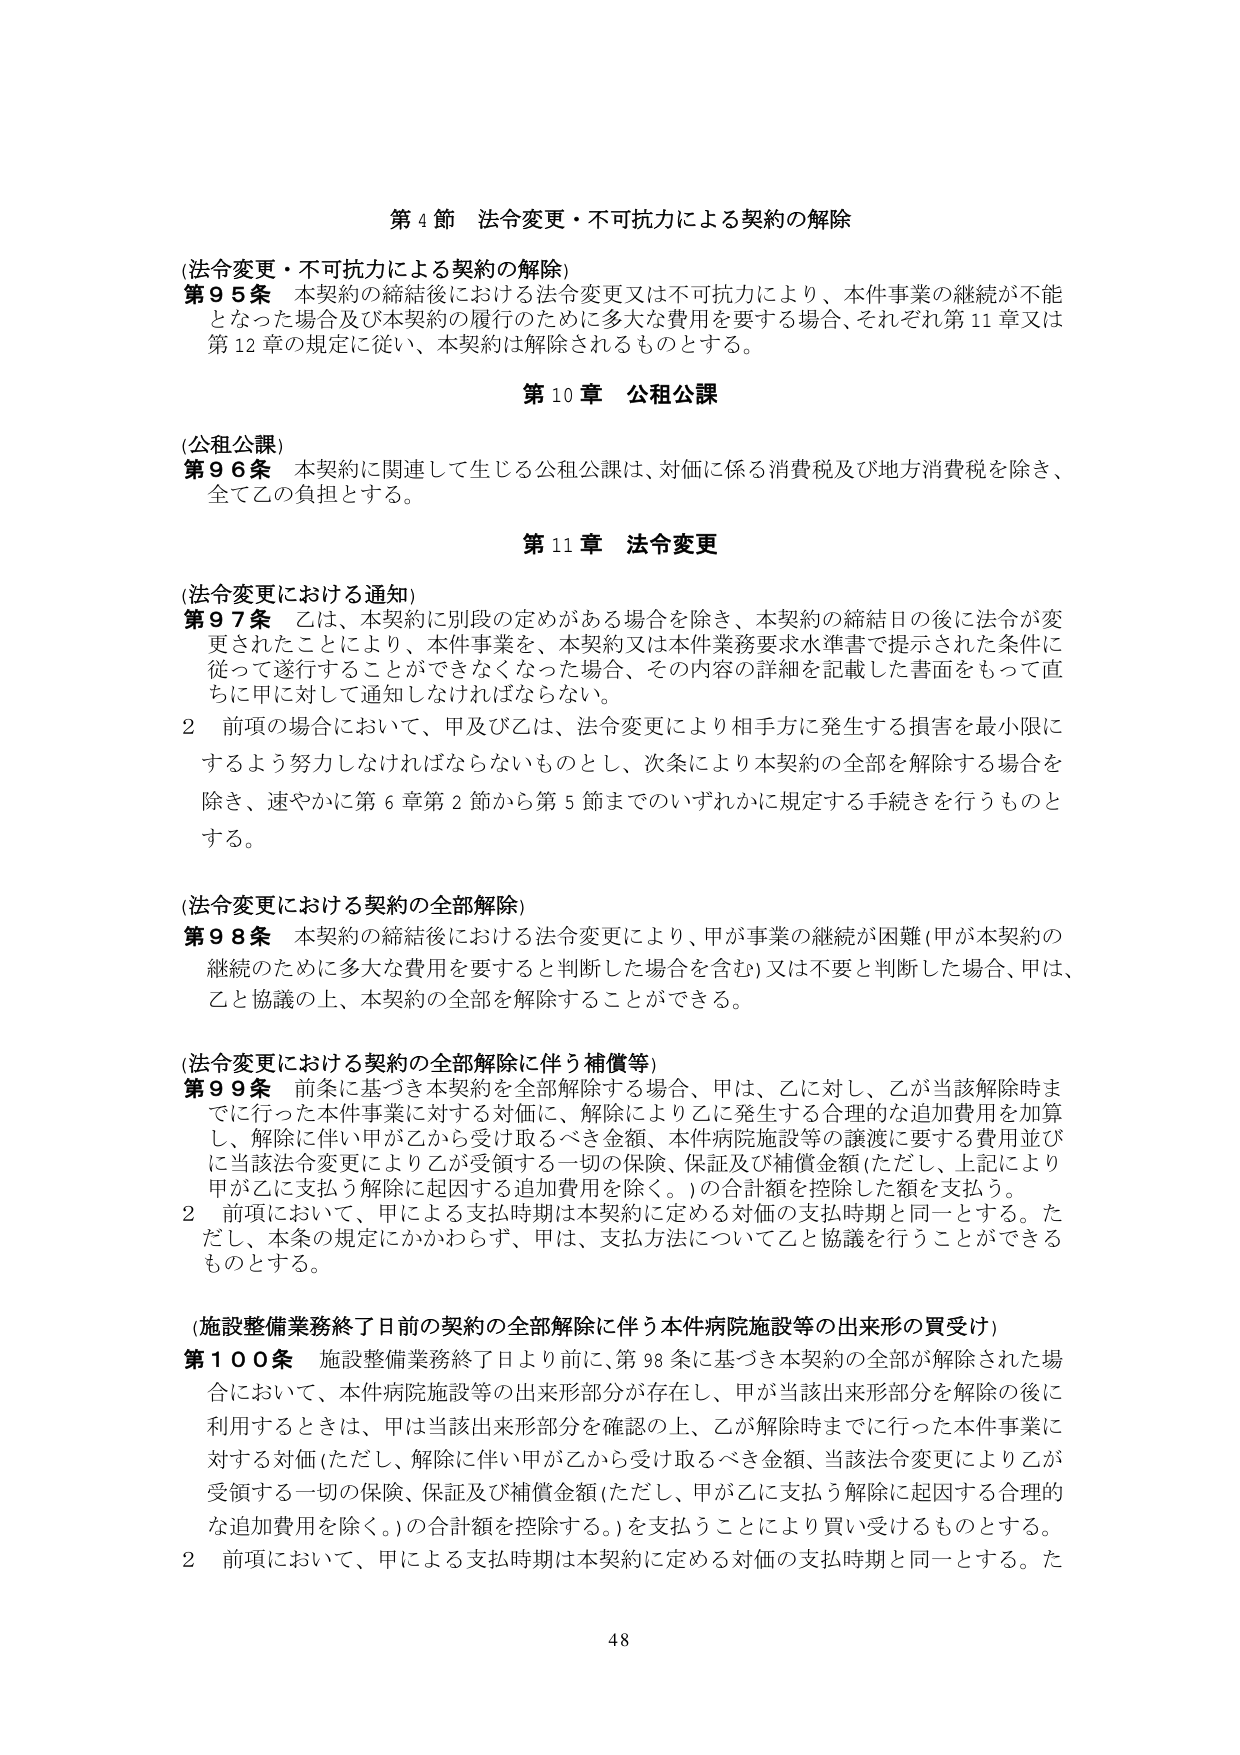
第４節 法令変更・不可抗力による契約の解除

(法令変更・不可抗力による契約の解除)
第９５条 本契約の締結後における法令変更又は不可抗力により、本件事業の継続が不能となった場合及び本契約の履行のために多大な費用を要する場合、それぞれ第11章又は第12章の規定に従い、本契約は解除されるものとする。

第10章 公租公課

(公租公課)
第９６条 本契約に関連して生じる公租公課は、対価に係る消費税及び地方消費税を除き、全て乙の負担とする。

第11章 法令変更

(法令変更における通知)
第９７条 乙は、本契約に別段の定めがある場合を除き、本契約の締結日の後に法令が変更されたことにより、本件事業を、本契約又は本件業務要求水準書で提示された条件に従って遂行することができなくなった場合、その内容の詳細を記載した書面をもって直ちに甲に対して通知しなければならない。
２ 前項の場合において、甲及び乙は、法令変更により相手方に発生する損害を最小限にするよう努力しなければならないものとし、次条により本契約の全部を解除する場合を除き、速やかに第６章第２節から第５節までのにいずれかに規定する手続きを行うものとする。

(法令変更における契約の全部解除)
第９８条 本契約の締結後における法令変更により、甲が事業の継続が困難（甲が本契約の継続のために多大な費用を要すると判断した場合を含む）又は不要と判断した場合、甲は、乙と協議の上、本契約の全部を解除することができる。

(法令変更における契約の全部解除に伴う補償等)
第９９条 前条に基づき本契約を全部解除する場合、甲は、乙に対し、乙が当該解除時までに行った本件事業に対する対価に、解除により乙に発生する合理的な追加費用を加算し、解除に伴い甲が乙から受け取るべき金額、本件病院施設等の譲渡に要する費用並びに当該法令変更により乙が受領する一切の保険、保証及び補償金額（ただし、上記により甲が乙に支払う解除に起因する追加費用を除く。）の合計額を控除した額を支払う。
２ 前項において、甲による支払時期は本契約に定める対価の支払時期と同一とする。ただし、本条の規定にかかわらず、甲は、支払方法について乙と協議を行うことができるものとする。

(施設整備業務終了日前の契約の全部解除に伴う本件病院施設等の出来形の買受け)
第100条 施設整備業務終了日より前に、第98条に基づき本契約の全部が解除された場合において、本件病院施設等の出来形部分が存在し、甲が当該出来形部分を解除の後に利用するときは、甲は当該出来形部分を確認の上、乙が解除時までに行った本件事業に対する対価（ただし、解除に伴い甲が乙から受け取るべき金額、当該法令変更により乙が受領する一切の保険、保証及び補償金額（ただし、甲が乙に支払う解除に起因する合理的な追加費用を除く。）の合計額を控除する。）を支払うことにより買い受けるものとする。
２ 前項において、甲による支払時期は本契約に定める対価の支払時期と同一とする。た

48